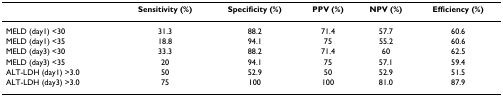
<table><thead><tr><td></td><td><b>Sensitivity (%)</b></td><td><b>Specificity (%)</b></td><td><b>PPV (%)</b></td><td><b>NPV (%)</b></td><td><b>Efficiency (%)</b></td></tr></thead><tbody><tr><td>MELD (day1) &lt;30</td><td>31.3</td><td>88.2</td><td>71.4</td><td>57.7</td><td>60.6</td></tr><tr><td>MELD (day1) &lt;35</td><td>18.8</td><td>94.1</td><td>75</td><td>55.2</td><td>60.6</td></tr><tr><td>MELD (day3) &lt;30</td><td>33.3</td><td>88.2</td><td>71.4</td><td>60</td><td>62.5</td></tr><tr><td>MELD (day3) &lt;35</td><td>20</td><td>94.1</td><td>75</td><td>57.1</td><td>59.4</td></tr><tr><td>ALT-LDH (day1) &gt;3.0</td><td>50</td><td>52.9</td><td>50</td><td>52.9</td><td>51.5</td></tr><tr><td>ALT-LDH (day3) &gt;3.0</td><td>75</td><td>100</td><td>100</td><td>81.0</td><td>87.9</td></tr></tbody></table>